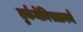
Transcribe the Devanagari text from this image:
तुर्कमेनिस्तानने